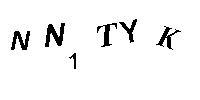
NN1TYK